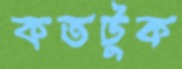
কতটুক